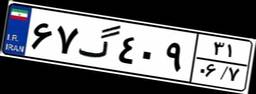
۶۷گ۴۰۹۳۱